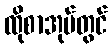
ထိုစာအုပ်တွင်